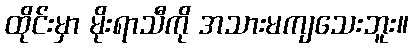
ထိုင်းမှာ မိုးရာသီကို အသားမကျသေးဘူး။